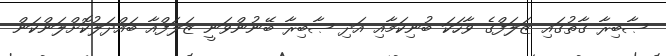
ޞާބިރާ ގާތުގައި ޒަލަފްގެ ވާހަކަ ބުނިކަމާއި އަދި ޞާބިރާ ބޭނުންވަނީ ޒަލަފްއާ ބައްދަލުކޮށްލަންކަން